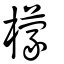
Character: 檬